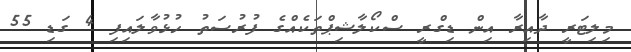
މިލިޓަރީ ދާއިރާ އިން ޑިގްރީ ސްކޯލާޝިޕްތަކެއްގެ ފުރުސަތު ހުޅުވާލައިފި 4 ގަޑި 55